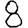
Digit: 8